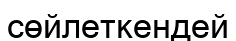
сөйлеткендей